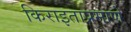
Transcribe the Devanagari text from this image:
किराइताप्रमाणे